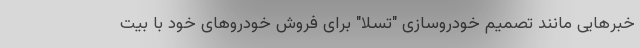
خبرهایی مانند تصمیم خودروسازی "تسلا" برای فروش خودروهای خود با بیت